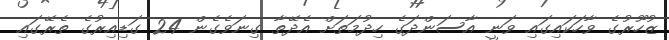
ޒުހޫރުގެ ވާހަކައިގައި ވަނީ އާސަންދަގެ ހިދުމަތަށް އެދޭތާ ގިނަވެގެން 24 ގަޑިއިރުގެ ތެރޭގައި